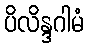
ပိလိန္ဒဂါမံ